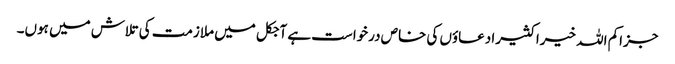
جزاکم اللہ خیرا کثیرا دعاؤں کی خاص درخواست ہے آجکل میں ملازمت کی تلاش میں ہوں۔